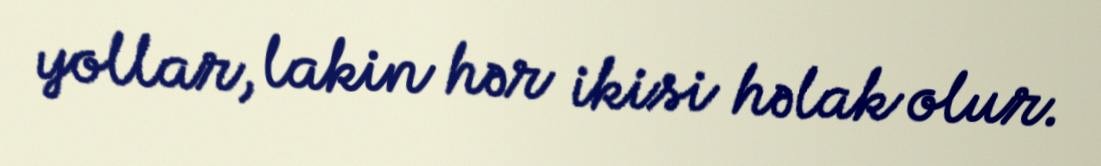
yollar, lakin hər ikisi həlak olur.